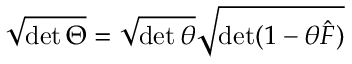
\sqrt { \operatorname * { d e t } \Theta } = \sqrt { \operatorname * { d e t } \theta } \sqrt { \operatorname * { d e t } ( 1 - \theta \hat { F } ) }